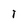
Character: l